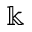
\Bbbk